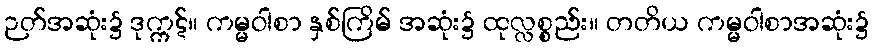
ဉတ်အဆုံး၌ ဒုက္ကဋ်။ ကမ္မဝါစာ နှစ်ကြိမ် အဆုံး၌ ထုလ္လစ္စည်း။ တတိယ ကမ္မဝါစာအဆုံး၌